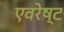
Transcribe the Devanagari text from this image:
एवरेष्ट